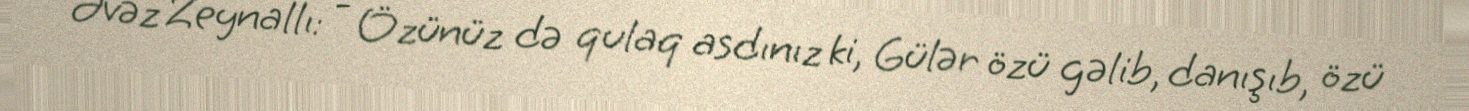
Əvəz Zeynallı: - Özünüz də qulaq asdınız ki, Gülər özü gəlib, danışıb, özü